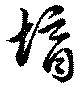
壻